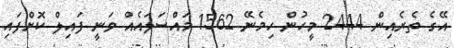
އޭގެ ތެރެއިން 2444 މީހުން ހިމެނޭ 1562 މައްސަލައެއް ވަނީ ފައިލް ކޮށްފައި